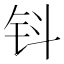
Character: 钭